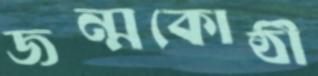
জন্মকোষ্ঠী